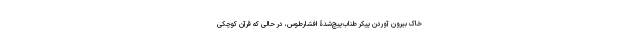
خاک بیرون آوردنِ پیکرِ طناب‌پیچ‌شدۀ افشارطوس، در حالی که قرآن کوچکی